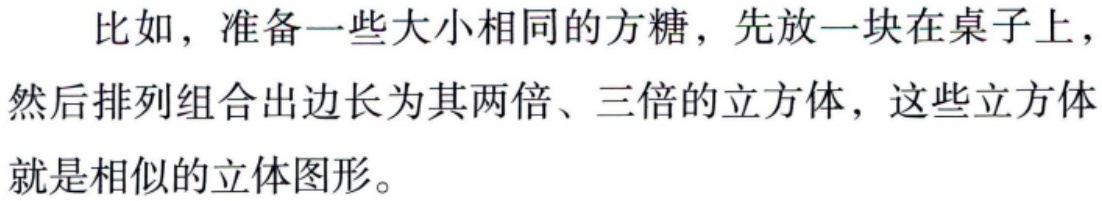
比如，准备一些大小相同的方糖，先放一块在桌子上，然后排列组合出边长为其两倍、三倍的立方体，这些立方体就是相似的立体图形。